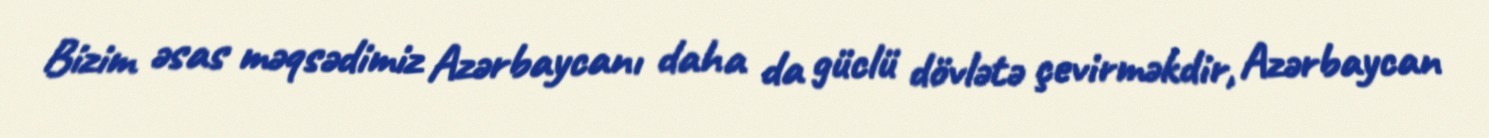
Bizim əsas məqsədimiz Azərbaycanı daha da güclü dövlətə çevirməkdir, Azərbaycan